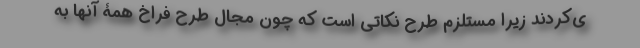
ی‌کردند زیرا مستلزم طرح نکاتی است که چون مجال طرح فراخ همۀ آنها به